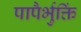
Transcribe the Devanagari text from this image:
पापैर्भुक्तिं